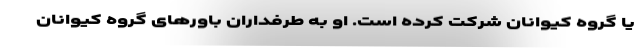
یا گروه کیواِنان شرکت کرده است. او به طرفداران باورهای گروه کیواِنان